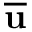
\overline { { \bf { u } } }